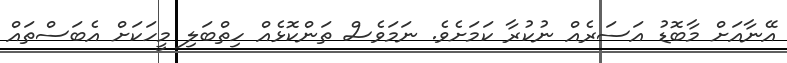
އޭނާއަށް މާބޮޑު އަސަރެއް ނުކުރާ ކަމަށެވެ. ނަމަވެސް ތަންކޮޅެއް ހިތްބަލި މީހަކަށް އެބަސްތައް